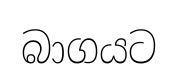
බාගයට